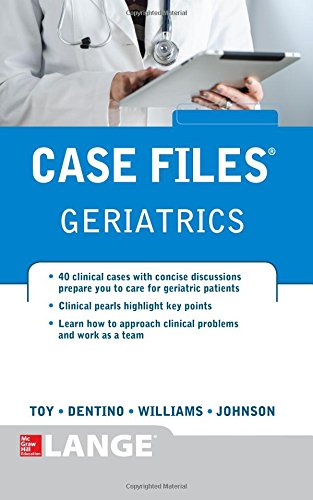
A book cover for Case Files Geriatrics; Eugene Toy; Medical Books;